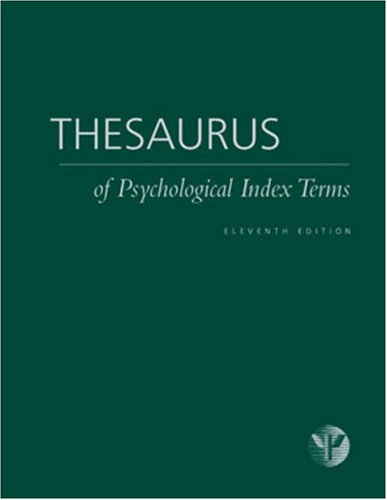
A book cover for Thesaurus of Psychological Index Terms; Reference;